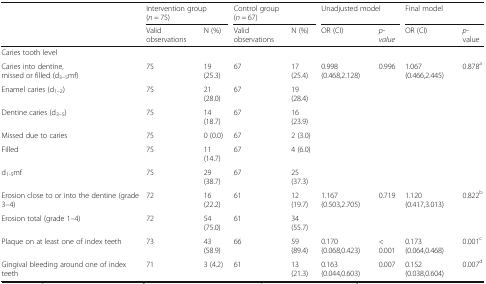
|  | <COLSPAN=2> Intervention group (n = 75) | <COLSPAN=2> Control group (n = 67) | <COLSPAN=2> Unadjusted model | <COLSPAN=2> Final model |
 |  | Valid observations | N (%) | Valid observations | N (%) | OR (CI) | p-value | OR (CI) | p-value |
 | --- | --- | --- | --- | --- | --- | --- | --- | --- |
 | <COLSPAN=9> Caries tooth level |
 | Caries into dentine,missed or filled (d3–5mf) | 75 | 19 (25.3) | 67 | 17 (25.4) | 0.998 (0.468,2.128) | 0.996 | 1.067 (0.466,2.445) | 0.878a |
 | Enamel caries (d1–2) | 75 | 21 (28.0) | 67 | 19 (28.4) |  |  |  |  |
 | Dentine caries (d3–5) | 75 | 14 (18.7) | 67 | 16 (23.9) |  |  |  |  |
 | Missed due to caries | 75 | 0 (0.0) | 67 | 2 (3.0) |  |  |  |  |
 | Filled | 75 | 11 (14.7) | 67 | 4 (6.0) |  |  |  |  |
 | d1-5mf | 75 | 29 (38.7) | 67 | 25 (37.3) |  |  |  |  |
 | Erosion close to or into the dentine (grade 3–4) | 72 | 16 (22.2) | 61 | 12 (19.7) | 1.167 (0.503,2.705) | 0.719 | 1.120 (0.417,3.013) | 0.822b |
 | Erosion total (grade 1–4) | 72 | 54 (75.0) | 61 | 34 (55.7) |  |  |  |  |
 | Plaque on at least one of index teeth | 73 | 43 (58.9) | 66 | 59 (89.4) | 0.170 (0.068,0.423) | < 0.001 | 0.173 (0.064,0.468) | 0.001c |
 | Gingival bleeding around one of index teeth | 71 | 3 (4.2) | 61 | 13 (21.3) | 0.163 (0.044,0.603) | 0.007 | 0.152 (0.038,0.604) | 0.007d |